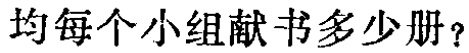
均每个小组献书多少册？